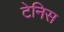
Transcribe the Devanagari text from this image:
टेनिस